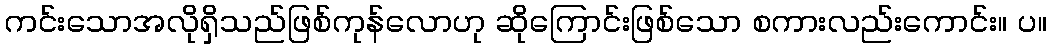
ကင်းသောအလိုရှိသည်ဖြစ်ကုန်လောဟု ဆိုကြောင်းဖြစ်သော စကားလည်းကောင်း။ ပ။